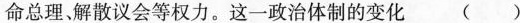
命总理、解散议会等权力。这一政治体制的变化（）